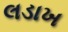
લડાખ